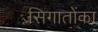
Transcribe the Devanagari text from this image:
सिगातोंका